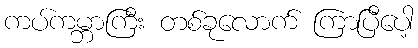
ကပ်ကမ္ဘာကြီး တစ်ခုလောက် ကြာပြီပေါ့